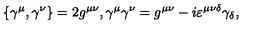
\{ \gamma ^ { \mu } , \gamma ^ { \nu } \} = 2 g ^ { \mu \nu } , \gamma ^ { \mu } \gamma ^ { \nu } = g ^ { \mu \nu } - i \varepsilon ^ { \mu \nu \delta } \gamma _ { \delta } ,